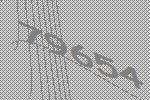
79654